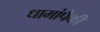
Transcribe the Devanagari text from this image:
धामांपैकी